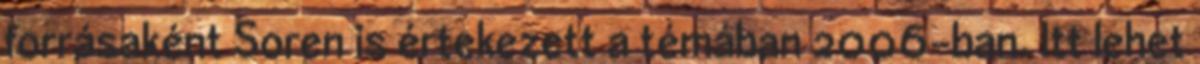
forrásaként Soren is értekezett a témában 2006-ban. Itt lehet